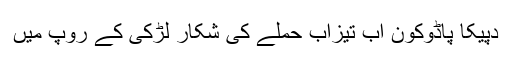
دپیکا پاڈوکون اب تیزاب حملے کی شکار لڑکی کے روپ میں